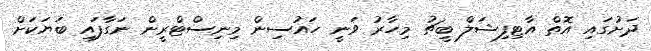
ދަށުގައި އޮތް އާޓިފިޝަލް ބީޗު މިހާރު ވަނީ ހައުސިން މިނިސްޓްރީން ނަގާފައި ބަޔަކަށް